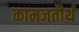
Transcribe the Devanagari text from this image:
कामजतीर्थ